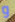
و